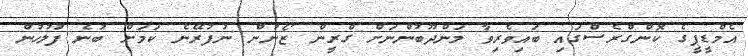
އެމްޑީޕީގެ ކޮންގްރެސްގައި ބައިވެރިވާ މަންދޫބުންނަށް ގްރީން ޒޯނުން ނުފުރޭނެ ކަމަށް ބުނެ ފުލުހުން